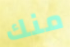
منك